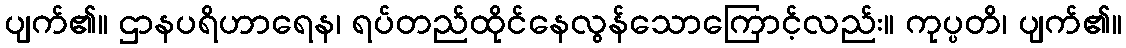
ပျက်၏။ ဌာနပရိဟာရေန၊ ရပ်တည်ထိုင်နေလွန်သောကြောင့်လည်း။ ကုပ္ပတိ၊ ပျက်၏။